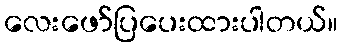
လေးဖော်ပြပေးထားပါတယ်။